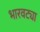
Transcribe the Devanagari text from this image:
भारवट्या